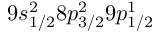
9 s _ { 1 / 2 } ^ { 2 } 8 p _ { 3 / 2 } ^ { 2 } 9 p _ { 1 / 2 } ^ { 1 }